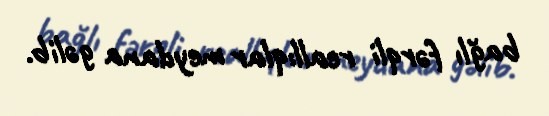
bağlı fərqli reallıqlar meydana gəlib.